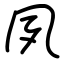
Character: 夙